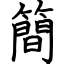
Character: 簡